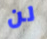
لن